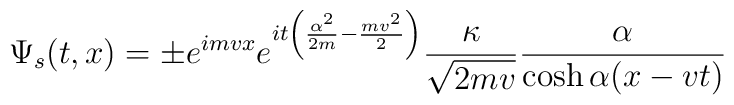
\Psi_s (t,x) = \pm e^{imvx} e^{it \left( \frac{\alpha^2}{2m} -\frac{mv^2}{2} \right)} \frac{\kappa}{\sqrt{2mv}} \frac{\alpha}{\cosh\alpha (x-vt)}